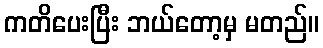
ကတိပေးပြီး ဘယ်တော့မှ မတည်။